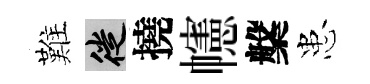
難徙撓幰槃患